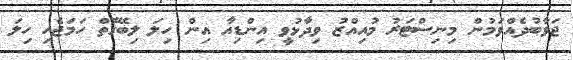
ޖަވާބުދެއްވަމުން މިނިސްޓަރު މުއިއްޒު ވިދާޅުވީ އިންޑިއާ އިން ހިލަ ލިބޭގޮތް ހަމަޖެހި ހިލަ